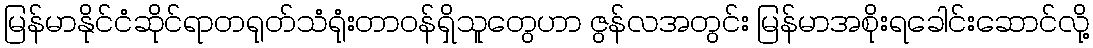
မြန်မာနိုင်ငံဆိုင်ရာတရုတ်သံရုံးတာဝန်ရှိသူတွေဟာ ဇွန်လအတွင်း မြန်မာအစိုးရခေါင်းဆောင်လို့